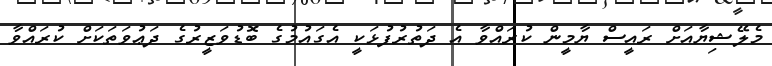
މެލޭޝިޔާއަށް ރައީސް ޔާމީން ކުރައްވާ އެ ދަތުރުފުޅަކީ އެގައުމުގެ ބޮޑުވަޒީރުގެ ދަޢުވަތަކަށް ކުރައްވާ